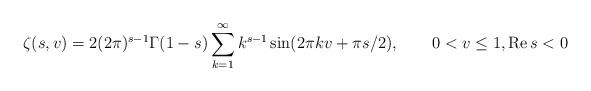
LaTeX: \begin{align*}\zeta(s, v) = 2 (2\pi)^{s-1} \Gamma(1 - s) \sum_{k=1}^\infty k^{s-1} \sin (2\pi k v + \pi s / 2), \qquad 0 < v \leq 1, {\rm Re} \, s < 0\end{align*}